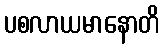
ပစလာယမာနောတိ